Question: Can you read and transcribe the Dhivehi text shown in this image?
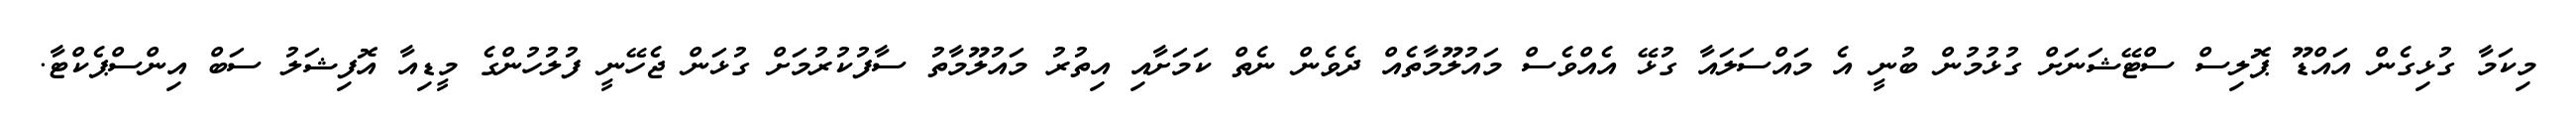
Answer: މިކަމާ ގުޅިގެން އައްޑޫ ޕޮލިސް ސްޓޭޝަނަށް ގުޅުމުން ބުނީ އެ މައްސަލައާ ގުޅޭ އެއްވެސް މައުލޫމާތެއް ދެވެން ނެތް ކަމަށާއި އިތުރު މައުލޫމާތު ސާފުކުރުމަށް ގުޅަން ޖެހޭނީ ފުލުހުންގެ މީޑިއާ އޮފިޝަލު ސަބް އިންސްޕެކްޓާ.